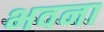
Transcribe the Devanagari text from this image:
भवना